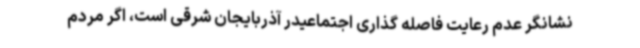
نشانگر عدم رعایت فاصله گذاری اجتماعیدر آذربایجان شرقی است، اگر مردم